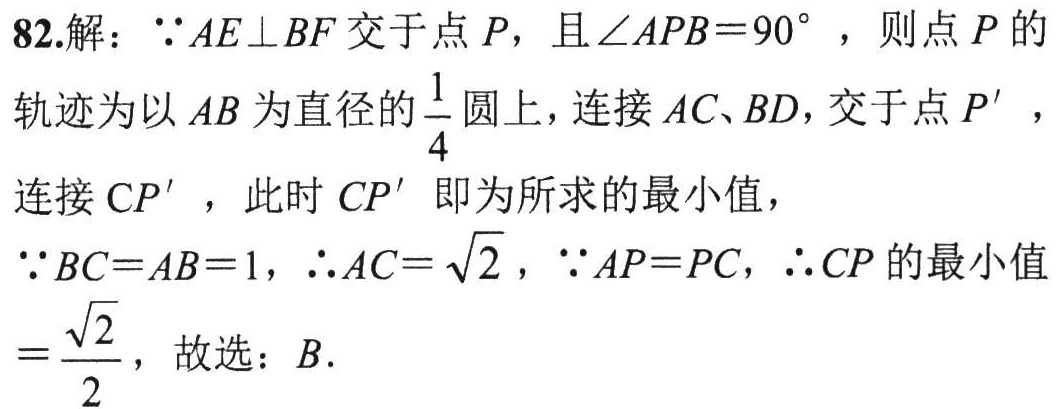
82.解：\(\because AE\perp BF\)交于点\(P\)，且\(\angle APB = 90^{\circ}\)，则点\(P\)的轨迹为以\(AB\)为直径的\(\frac{1}{4}\)圆上，连接\(AC、BD\)，交于点\(P'\)，连接\(CP'\)，此时\(CP'\)即为所求的最小值，\(\because BC = AB = 1\)，\(\therefore AC=\sqrt{2}\)，\(\because AP = PC\)，\(\therefore CP\)的最小值\(=\frac{\sqrt{2}}{2}\)，故选：\(B\).